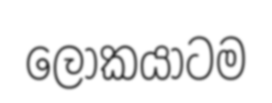
ලෝකයාටම